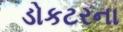
ડોકટરના